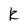
Character: k